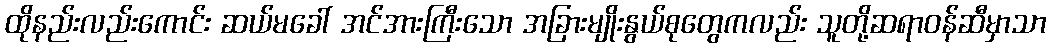
ထိုနည်းလည်းကောင်း ဆယ်မခေါ် အင်အားကြီးသော အခြားမျိုးနွယ်စုတွေကလည်း သူတို့ဆရာဝန်ဆီမှာသာ